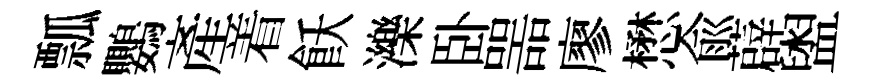
瓢鸚產着飫濼卧噐廖懋兪薜盥